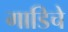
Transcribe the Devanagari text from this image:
गाडिचे